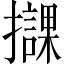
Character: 𢸠